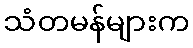
သံတမန်များက